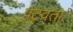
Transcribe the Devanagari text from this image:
पेटवता